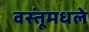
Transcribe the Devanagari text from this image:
वस्तूंमधले